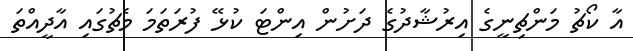
އާ ކޯޗު މަންޗިނީގެ އިރުޝާދުގެ ދަށުން އިންޓަ ކުޅޭ ފުރަތަމަ މެޗުގައި އާދީއްތަ